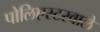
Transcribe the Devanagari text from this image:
पोलिएस्टरवाले